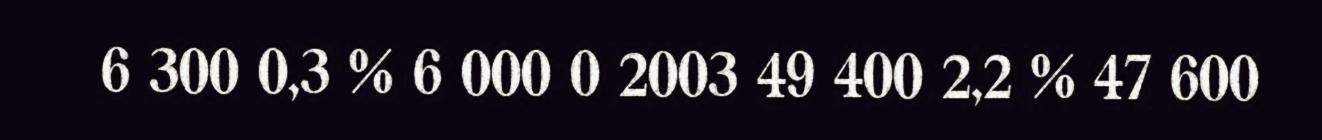
6 300 0,3 % 6 000 0 2003 49 400 2,2 % 47 600